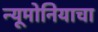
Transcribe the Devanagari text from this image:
न्यूमोनियाचा